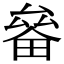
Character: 𤲛